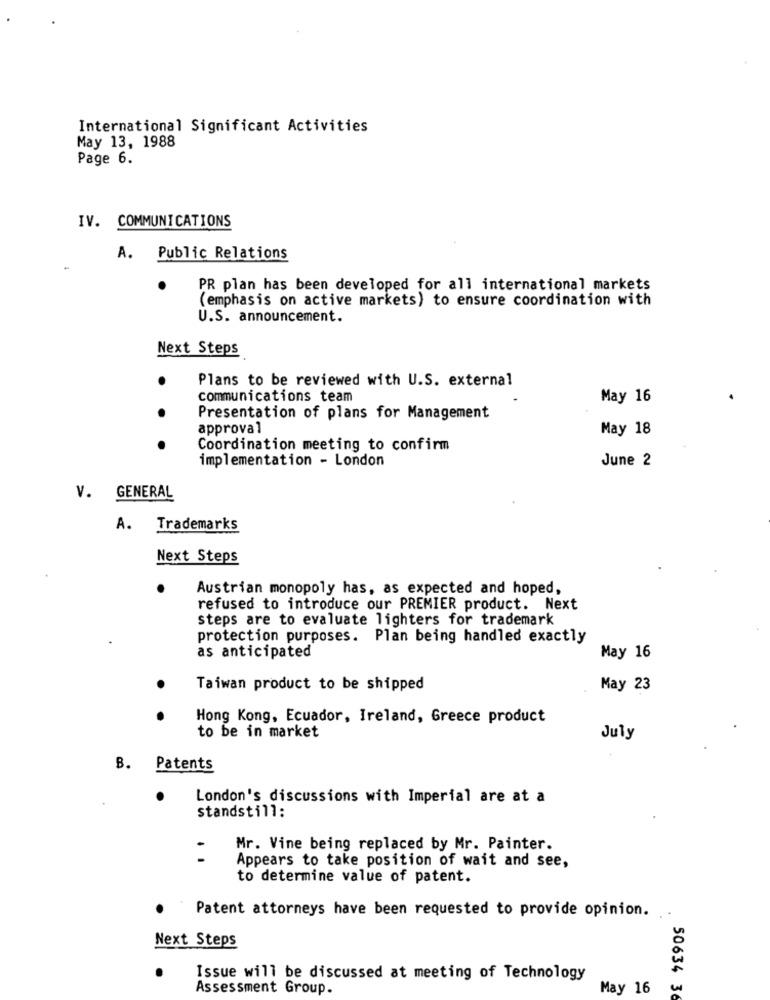
International Significant Activities
May 13, 1988
Page 6.
IV. COMMUNICATIONS
A. Public Relations
PR plan has been developed for all international markets
(emphasis on active markets) to ensure coordination with
U.S. announcement.
Next Steps
.
Plans to be reviewed with U.S. external
communications team
May 16
Presentation of plans for Management
approval
May 18
Coordination meeting to confirm
implementation - London
June 2
V. GENERAL
A. Trademarks
Next Steps
Austrian monopoly has, as expected and hoped,
refused to introduce our PREMIER product. Next
steps are to evaluate lighters for trademark
protection purposes. Plan being handled exactly
as anticipated
May 16
Taiwan product to be shipped
May 23
Hong Kong, Ecuador, Ireland, Greece product
to be in market
July
B. Patents
London's discussions with Imperial are at a
standstill:
Mr. Vine being replaced by Mr. Painter.
. .
Appears to take position of wait and see,
to determine value of patent.
Patent attorneys have been requested to provide opinion.
Next Steps
Issue will be discussed at meeting of Technology
Assessment Group.
May 16
50634 36